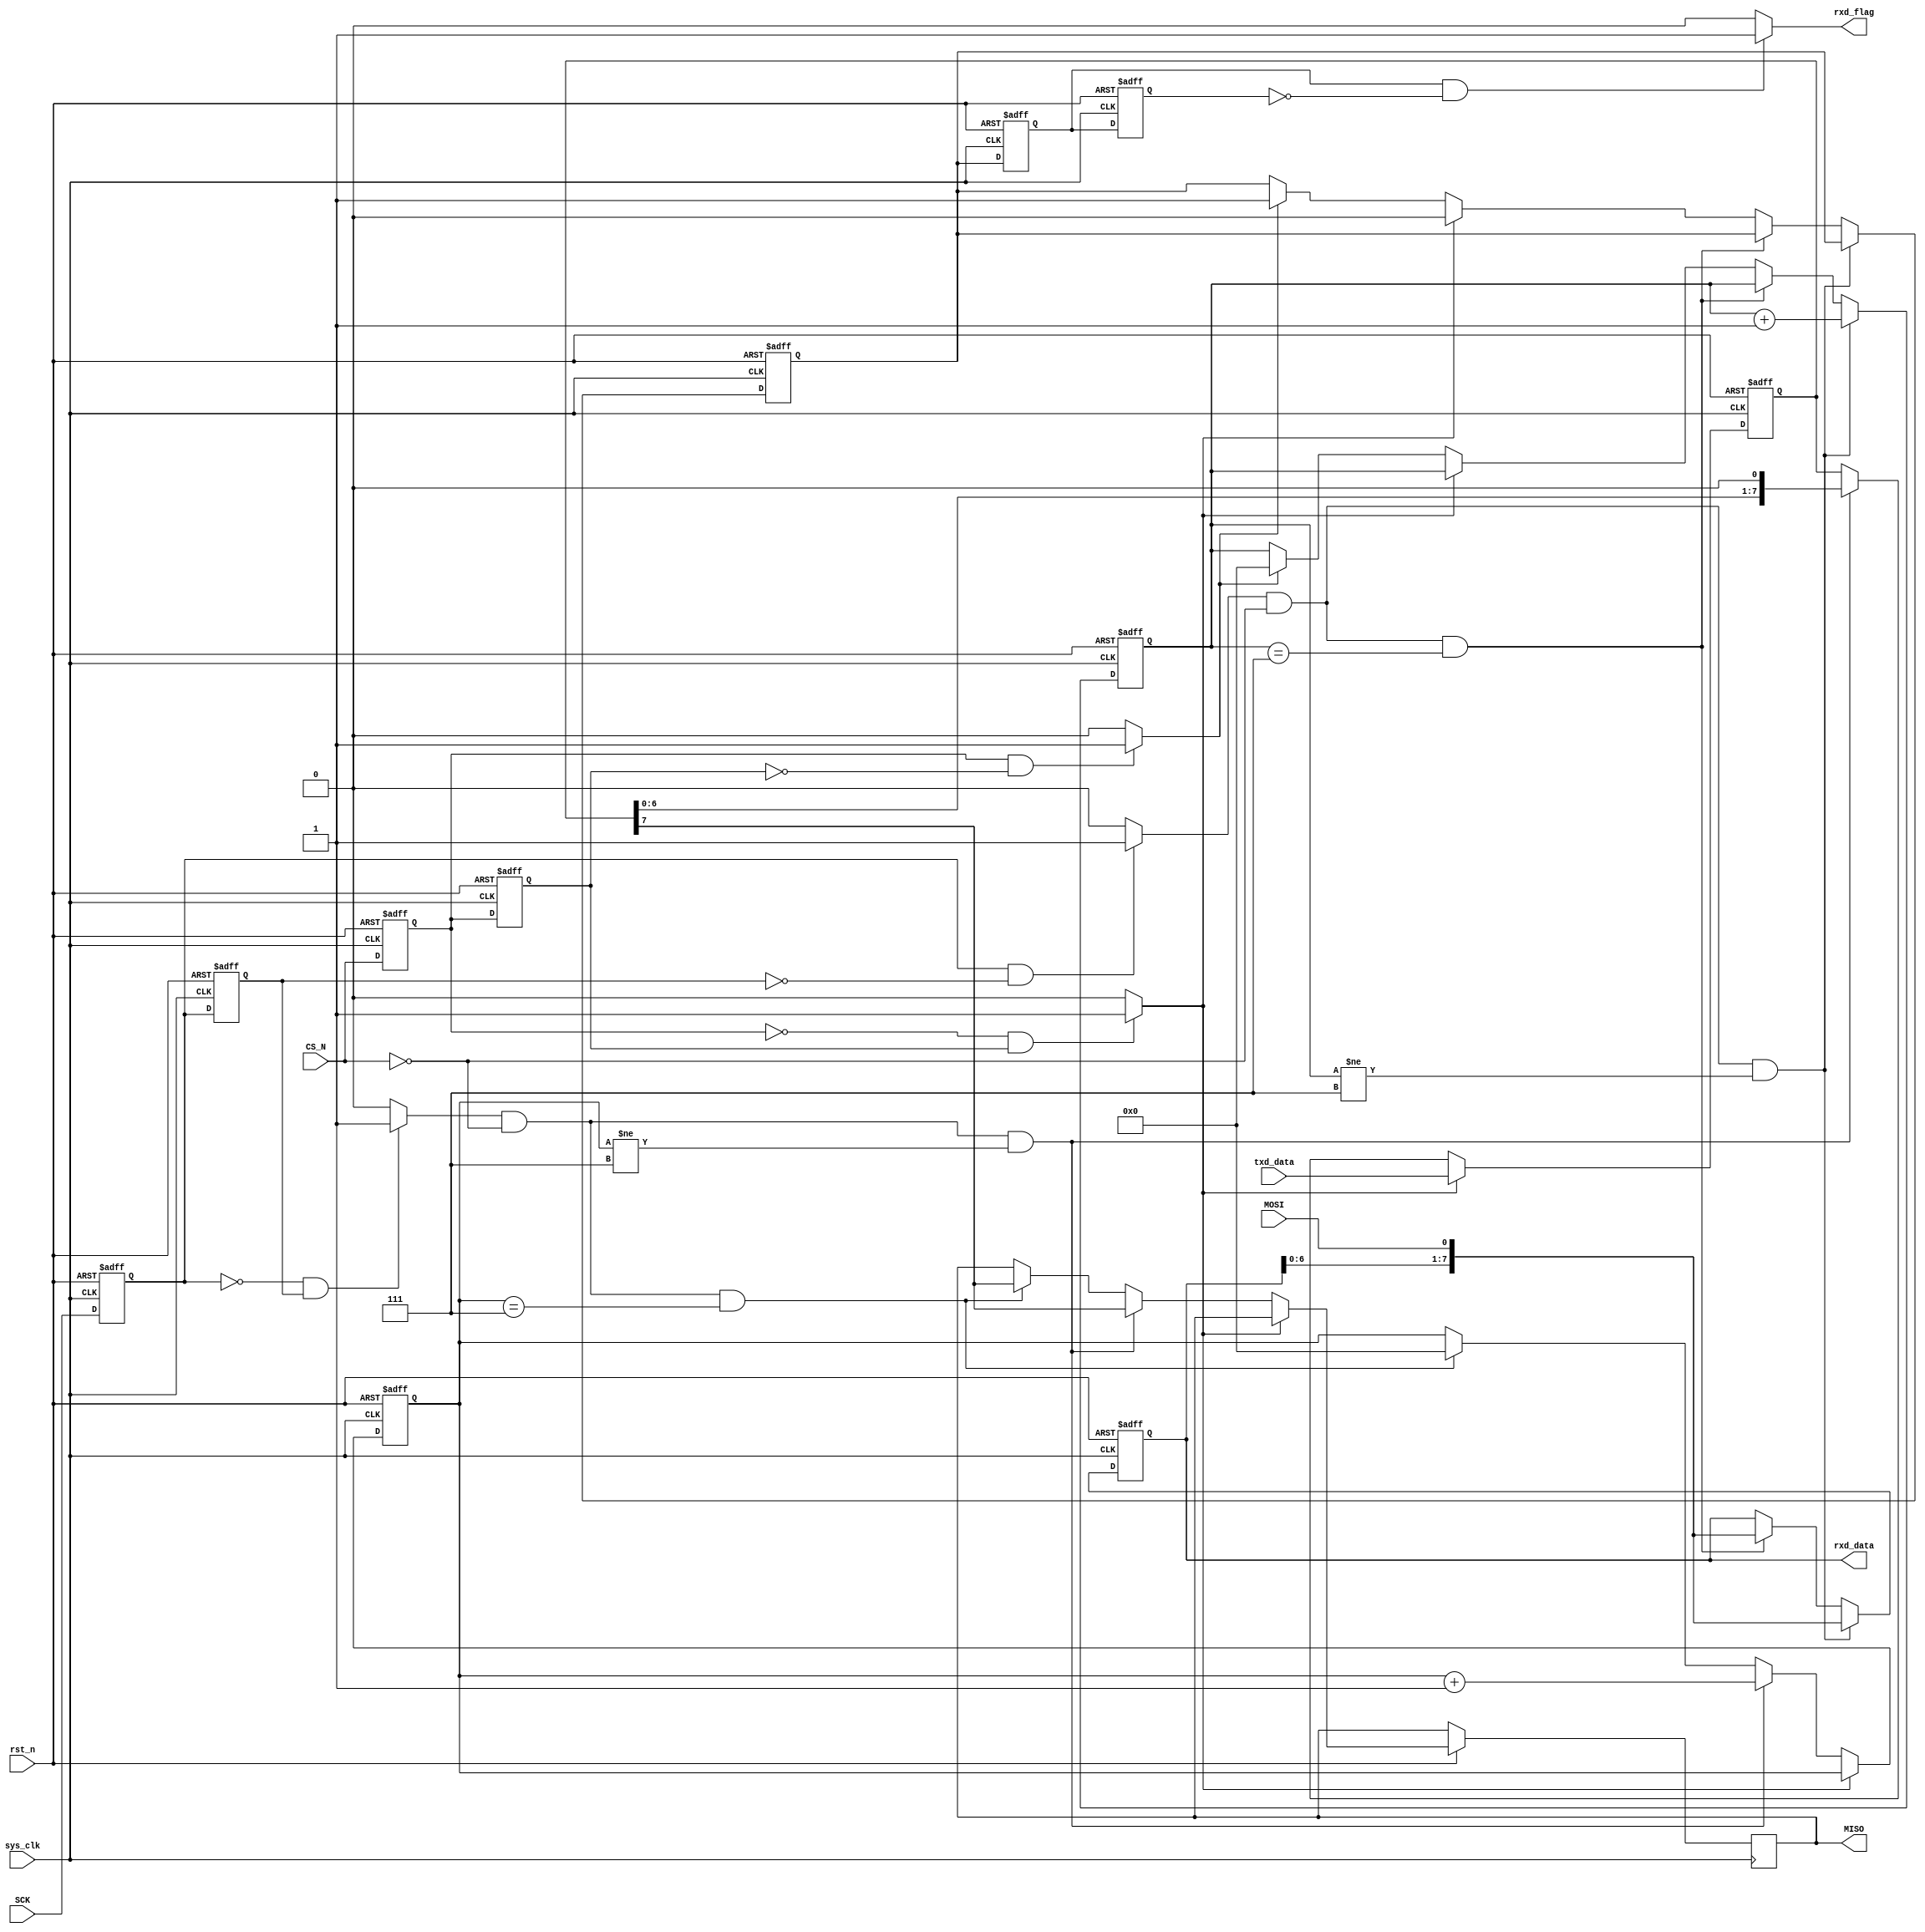
`timescale 1ns / 1ps
//////////////////////////////////////////////////////////////////////////////////
// Company: 
// Engineer: 
// 
// Design Name: 
// Module Name: spi_slave
// Project Name: 
// Target Devices: 
// Tool Versions: 
// Description: 
// 
// Dependencies: 
// 
// Revision:
// Revision 0.01 - File Created
// Additional Comments:
// 
//////////////////////////////////////////////////////////////////////////////////


module spi_slave_v2(
	input    wire    sys_clk,
	input    wire    rst_n,
	input    wire    CS_N,
	input    wire    SCK,
	input    wire    MOSI,
	input    wire    [7:0] txd_data,
	output   reg     MISO,
	output   reg     [7:0] rxd_data,
	output   wire    rxd_flag
    );
    
    wire    sck_pos_detect, sck_neg_detect;
    reg     sck_pos_detect_r0, sck_pos_detect_r1;
    
    wire    CS_N_pos_detect, CS_N_neg_detect;
    reg     CS_N_pos_detect_r0, CS_N_pos_detect_r1;
    
    reg     rxd_flag_r;
    reg     rxd_flag_r0;
    reg     rxd_flag_r1;
    
    reg     [3:0] rxd_data_cnt;
    reg     [1:0] rxd_current_state;
    reg     [1:0] rxd_next_state;
    
    reg     [7:0] txd_data_buf;
    reg     [3:0] txd_data_cnt;
    
    initial begin
    	sck_pos_detect_r0 <= 1'b1;
    	sck_pos_detect_r1 <= 1'b1;
    	
    	rxd_flag_r <= 1'b0;
    	rxd_current_state <= 2'd0;
    	rxd_next_state <= 2'd0;
    	
    	txd_data_buf <= 8'd0;
    	txd_data_cnt <= 4'd0;
    end
    
    // -- TODO: detect the posedge& negedge of sck
    assign sck_pos_detect = (sck_pos_detect_r0 && 
    						 !sck_pos_detect_r1) ? 1'b1: 1'b0;
    assign sck_neg_detect = (!sck_pos_detect_r0 && 
    					     sck_pos_detect_r1) ? 1'b1: 1'b0;
    always @ (posedge sys_clk or negedge rst_n) begin
    	if (!rst_n) begin
    		sck_pos_detect_r0 <= 1'b1;
    	    sck_pos_detect_r1 <= 1'b1;
    	end
    	else begin
    		sck_pos_detect_r0 <= SCK;
    		sck_pos_detect_r1 <= sck_pos_detect_r0;
    	end
    end
    
    // -- TODO: detect the posedge of rxd_flag
    assign rxd_flag = (rxd_flag_r0 &&
                       !rxd_flag_r1) ? 1'b1: 1'b0;
    always @ (posedge sys_clk or negedge rst_n) begin
    	if (!rst_n) begin
    	    rxd_flag_r0 <= 1'b0;
    	    rxd_flag_r1 <= 1'b0;
    	end
    	else begin
    	    rxd_flag_r0 <= rxd_flag_r;
    	    rxd_flag_r1 <= rxd_flag_r0;
    	end
    end
    
    // --TODO: detect the posedge& negedge of CS_N
    assign CS_N_pos_detect = (CS_N_pos_detect_r0 && 
							 !CS_N_pos_detect_r1) ? 1'b1: 1'b0;
	assign CS_N_neg_detect = (!CS_N_pos_detect_r0 && 
							 CS_N_pos_detect_r1) ? 1'b1: 1'b0;
	always @ (posedge sys_clk or negedge rst_n) begin
		if (!rst_n) begin
			CS_N_pos_detect_r0 <= 1'b1;
			CS_N_pos_detect_r1 <= 1'b1;
		end
		else begin
			CS_N_pos_detect_r0 <= CS_N;
			CS_N_pos_detect_r1 <= CS_N_pos_detect_r0;
		end
	end
    
    // -- TODO: receive data& set read data flag
    always @ (posedge sys_clk or negedge rst_n) begin
        if (!rst_n) begin
            rxd_data <= 8'd0;
            rxd_data_cnt <= 4'd0;
            rxd_flag_r = 1'b0;
        end
        else if (sck_pos_detect && !CS_N && 
                        rxd_data_cnt != 4'd7) begin
			rxd_data <= {rxd_data[6:0], MOSI};
			rxd_data_cnt <= rxd_data_cnt + 1;
        end
        else if (sck_pos_detect && !CS_N &&
                        rxd_data_cnt == 4'd7) begin
            rxd_data <= {rxd_data[6:0], MOSI};
        end
        else if (CS_N_neg_detect) begin
        	rxd_flag_r <= 1'b0;
        end
        else if (CS_N_pos_detect) begin
        	rxd_data_cnt <= 4'd0;
        	rxd_flag_r <= 1'b1;
        end
        else begin
        	rxd_data <= rxd_data;
        	rxd_data_cnt <= rxd_data_cnt;
        	rxd_flag_r <= rxd_flag_r;
        end
    end
    
	// -- TODO: send data
	always @ (posedge sys_clk or negedge rst_n) begin
		if (!rst_n) begin
			txd_data_cnt <= 4'd0;
			txd_data_buf <= 8'd0;
		end
		else if (CS_N_neg_detect) begin
			txd_data_buf <= txd_data;
		end
		else if (sck_neg_detect && !CS_N &&
					txd_data_cnt != 4'd7) begin
			MISO <= txd_data_buf[7];
			txd_data_buf <= {txd_data_buf[6:0], 1'b0};
			txd_data_cnt <= txd_data_cnt + 1;
		end
		else if (sck_neg_detect && !CS_N &&
					txd_data_cnt == 4'd7) begin
			MISO <= txd_data_buf[7];
			txd_data_cnt <= 4'd0;
		end
		else begin
			txd_data_cnt <= txd_data_cnt;
			txd_data_buf <= txd_data_buf;
		end
	end

endmodule